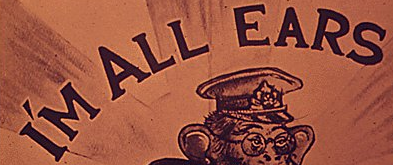
I'M ALL EARS